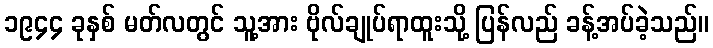
၁၉၄၄ ခုနှစ် မတ်လတွင် သူ့အား ဗိုလ်ချုပ်ရာထူးသို့ ပြန်လည် ခန့်အပ်ခဲ့သည်။